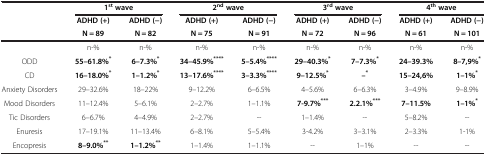
<table><thead><tr><td rowspan="2"><b> </b></td><td colspan="2"><b>1<sup>st </sup>wave</b></td><td colspan="2"><b>2<sup>nd </sup>wave</b></td><td colspan="2"><b>3<sup>rd </sup>wave</b></td><td colspan="2"><b>4<sup>th </sup>wave</b></td></tr><tr><td><b>ADHD (+)</b></td><td><b>ADHD (−)</b></td><td><b>ADHD (+)</b></td><td><b>ADHD (−)</b></td><td><b>ADHD (+)</b></td><td><b>ADHD (−)</b></td><td><b>ADHD (+)</b></td><td><b>ADHD (−)</b></td></tr><tr><td><b> </b></td><td><b>N = 89</b></td><td><b>N = 82</b></td><td><b>N = 75</b></td><td><b>N = 91</b></td><td><b>N = 72</b></td><td><b>N = 96</b></td><td><b>N = 61</b></td><td><b>N = 101</b></td></tr></thead><tbody><tr><td> </td><td>n-%</td><td>n-%</td><td>n-%</td><td>n-%</td><td>n-%</td><td>n-%</td><td>n-%</td><td>n-%</td></tr><tr><td>ODD</td><td><b>55–61.8%</b><sup><b>*</b></sup></td><td><b>6–7.3%</b><sup><b>*</b></sup></td><td><b>34–45.9%</b><sup><b>****</b></sup></td><td><b>5–5.4%</b><sup><b>****</b></sup></td><td><b>29–40.3%</b><sup><b>*</b></sup></td><td><b>7–7.3%</b><sup><b>*</b></sup></td><td><b>24–39.3%</b></td><td><b>8–7,9%</b><sup><b>*</b></sup></td></tr><tr><td>CD</td><td><b>16–18.0%</b><sup><b>*</b></sup></td><td><b>1–1.2%</b><sup><b>*</b></sup></td><td><b>13–17.6%</b><sup><b>****</b></sup></td><td><b>3–3.3%</b><sup><b>****</b></sup></td><td><b>9–12.5%</b><sup><b>*</b></sup></td><td><b>--</b><sup><b>*</b></sup></td><td><b>15–24,6%</b></td><td><b>1–1%</b><sup><b>*</b></sup></td></tr><tr><td>Anxiety Disorders</td><td>29–32.6%</td><td>18–22%</td><td>9–12.2%</td><td>6–6.5%</td><td>4–5.6%</td><td>6–6.3%</td><td>3–4.9%</td><td>9–8.9%</td></tr><tr><td>Mood Disorders</td><td>11–12.4%</td><td>5–6.1%</td><td>2–2.7%</td><td>1–1.1%</td><td><b>7-9.7%</b><sup><b>***</b></sup></td><td><b>2.2.1%</b><sup><b>***</b></sup></td><td><b>7–11.5%</b></td><td><b>1–1%</b><sup><b>*</b></sup></td></tr><tr><td>Tic Disorders</td><td>6–6.7%</td><td>4–4.9%</td><td>2–2.7%</td><td>--</td><td>1–1.4%</td><td>--</td><td>5–8.2%</td><td>--</td></tr><tr><td>Enuresis</td><td>17–19.1%</td><td>11–13.4%</td><td>6–8.1%</td><td>5–5.4%</td><td>3-4.2%</td><td>3–3.1%</td><td>2–3.3%</td><td>1-1%</td></tr><tr><td>Encopresis</td><td><b>8–9.0%</b><sup><b>**</b></sup></td><td><b>1–1.2%</b><sup><b>**</b></sup></td><td>1–1.4%</td><td>1–1.1%</td><td>--</td><td>1–1%</td><td>--</td><td>--</td></tr></tbody></table>